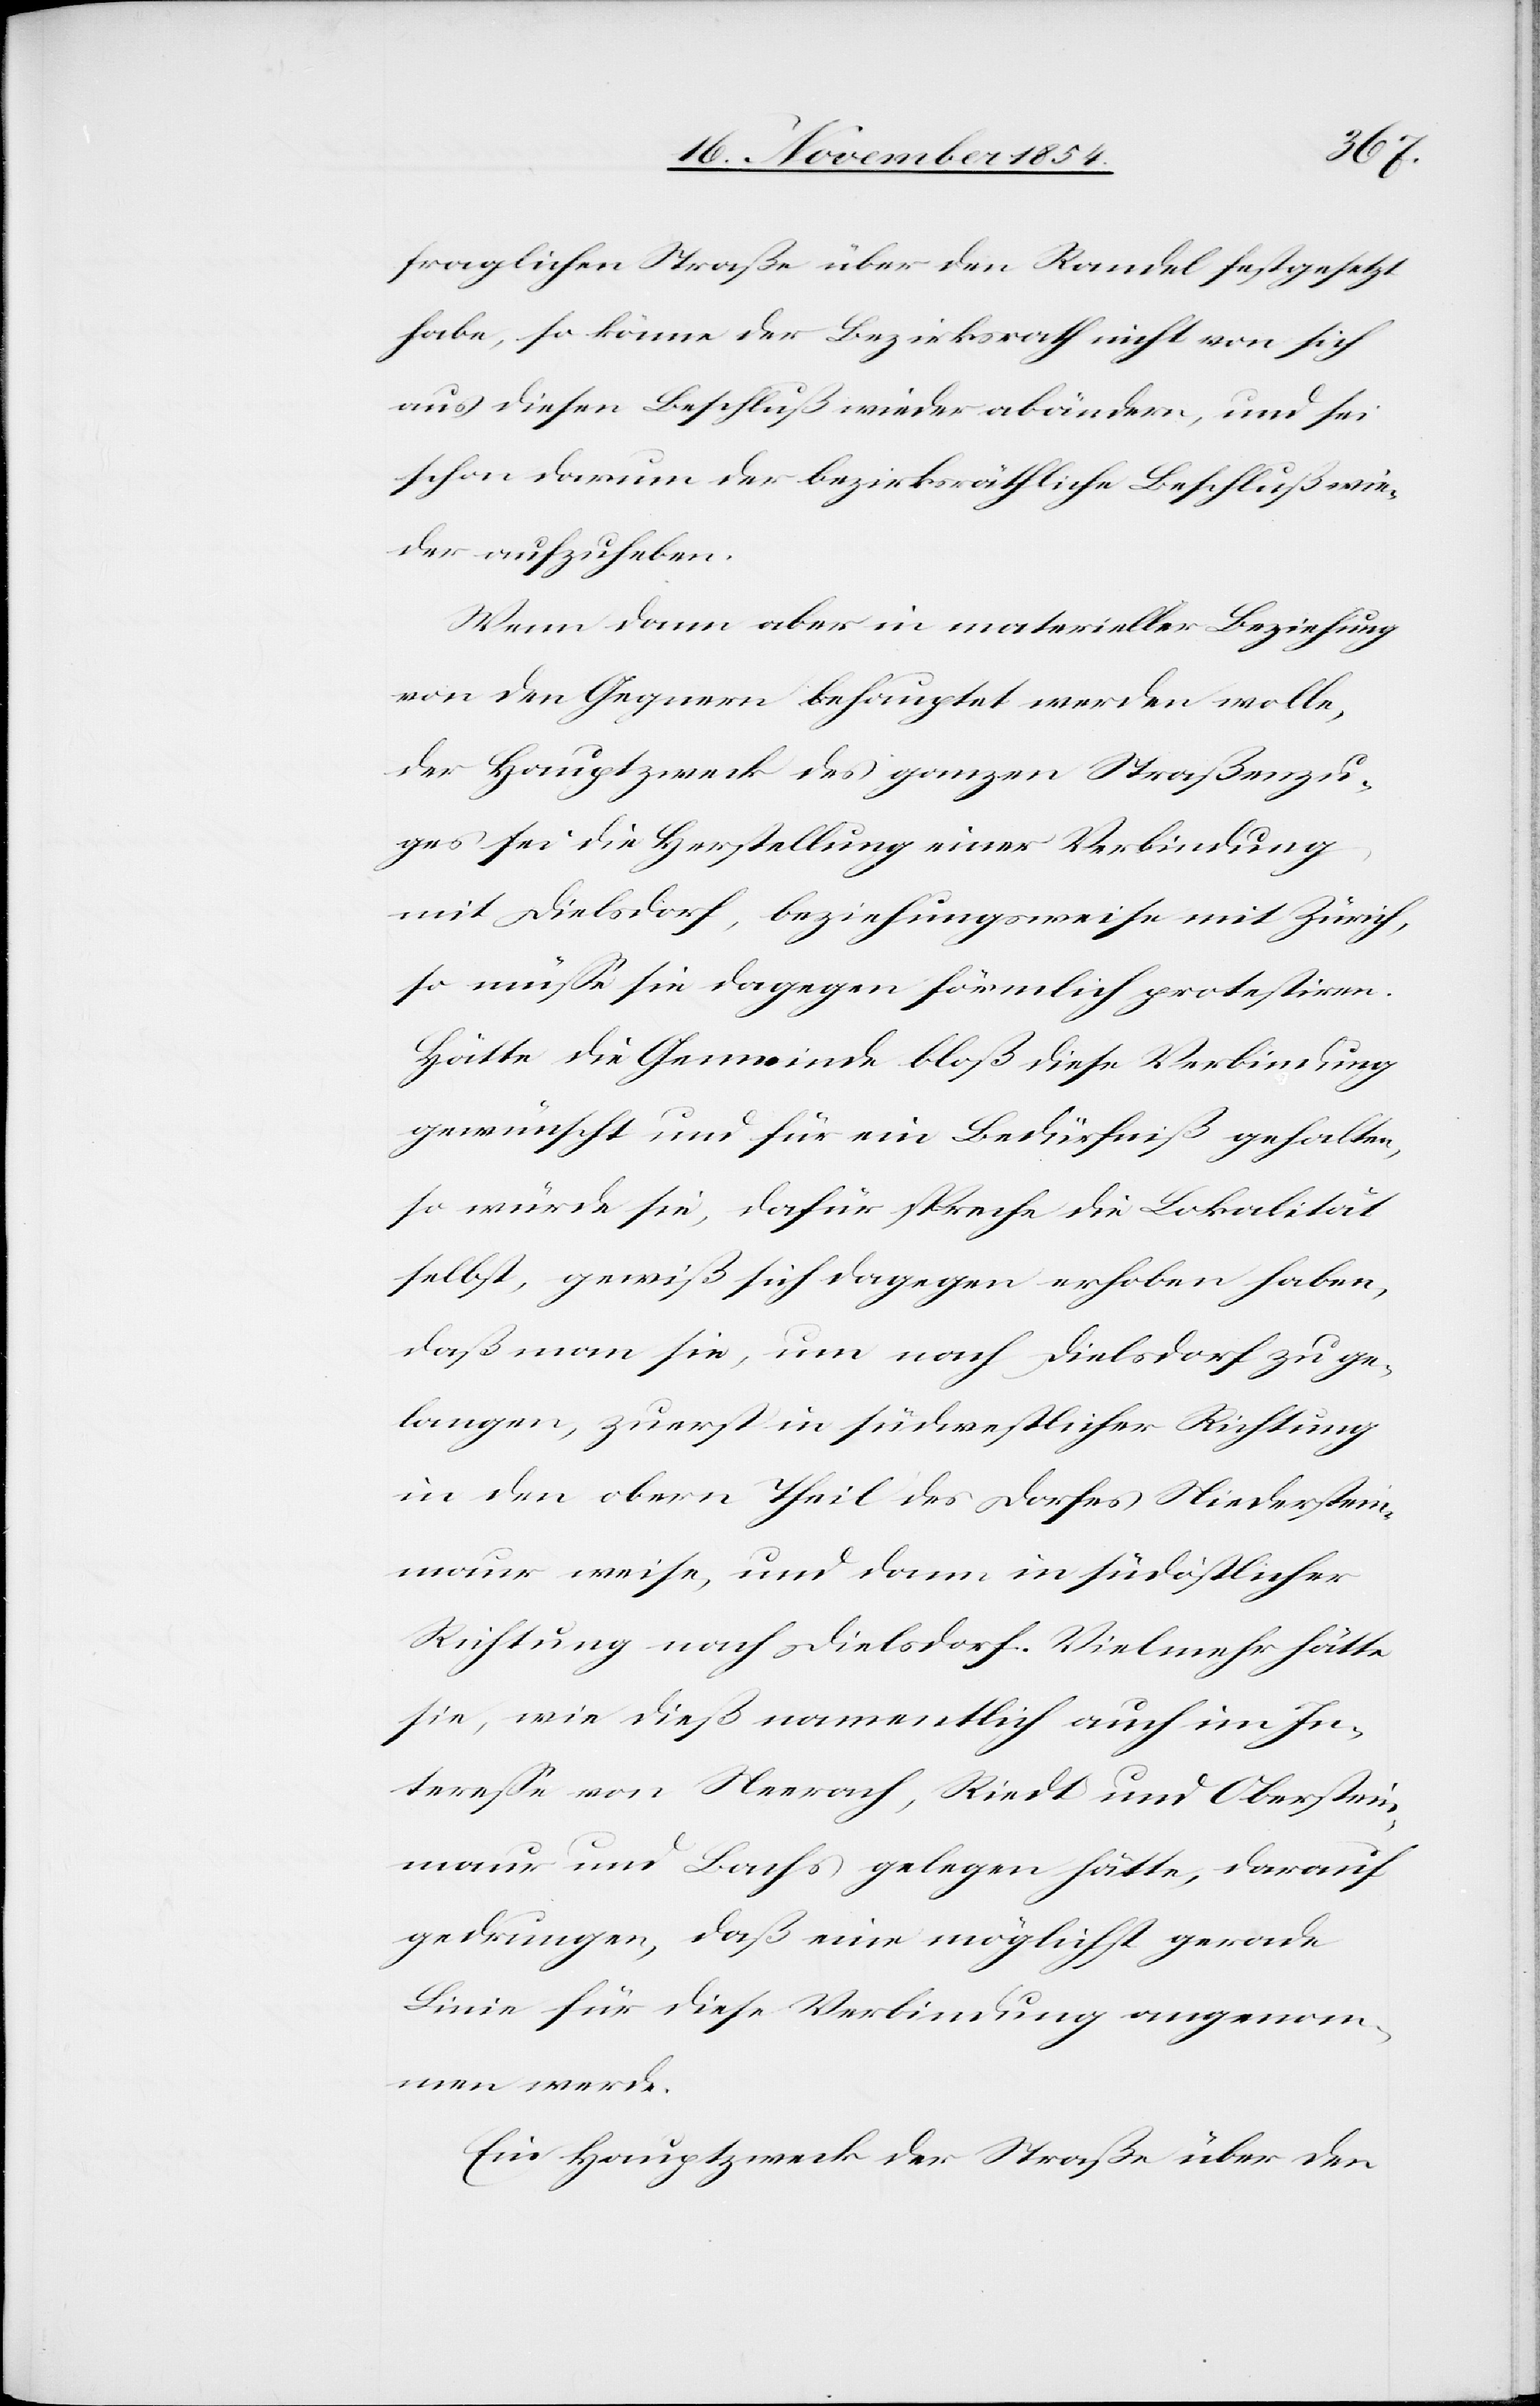
fraglichen Straße über den Randel festgesetzt
habe, so könne der Bezirksrath nicht von sich
aus diesen Beschluß wieder abändern, und sei
schon darum der bezirksräthliche Beschluß wie¬
der aufzuheben.
Wenn dann aber in materieller Beziehung
von den Gegnern behauptet werden wolle,
der Hauptzweck des ganzen Straßenzu¬
ges sei die Herstellung einer Verbindung
mit Dielsdorf, beziehungsweise mit Zürich,
so müße sie dagegen förmlich protestiren.
Hätte die Gemeinde bloß diese Verbindung
gewünscht und für ein Bedürfniß gehalten,
so würde sie, dafür spreche die Lokalität
selbst, gewiß sich dagegen erhoben haben,
daß man sie, um nach Dielsdorf zu ge¬
langen, zuerst in südwestlicher Richtung
in den obern Theil des Dorfes Niederstein¬
maur weise, und dann in südöstlicher
Richtung nach Dielsdorf. Vielmehr hätte
sie, wie dieß namentlich auch im In¬
tereße von Neerach, Riedt und Oberstein¬
maur und Bachs gelegen hätte, darauf
gedrungen, daß eine möglichst gerade
Linie für diese Verbindung angenom¬
men werde.
Ein Hauptzweck der Straße über den